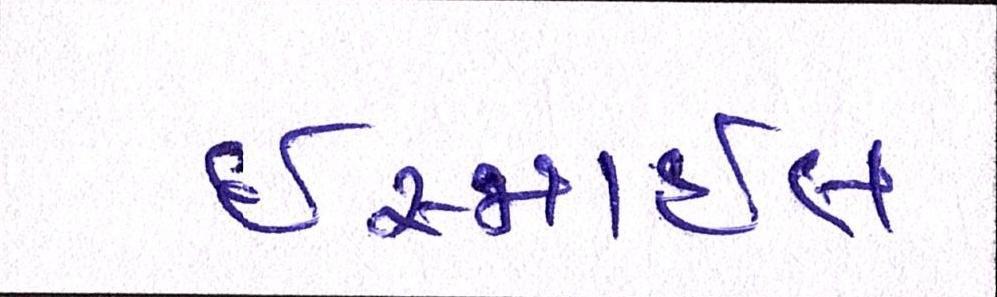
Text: ઈસ્માઈલ